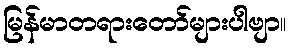
မြန်မာတရားတော်များပါဗျာ။